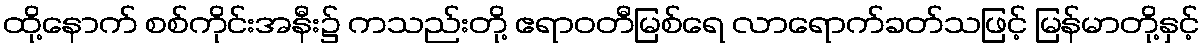
ထို့နောက် စစ်ကိုင်းအနီး၌ ကသည်းတို့ ဧရာဝတီမြစ်ရေ လာရောက်ခတ်သဖြင့် မြန်မာတို့နှင့်